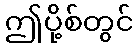
ဤပို့စ်တွင်